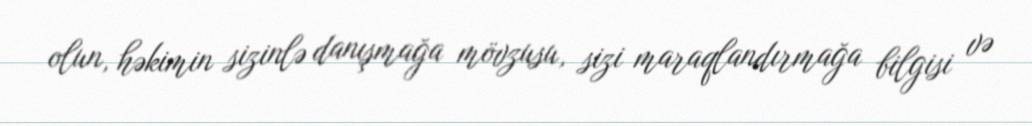
olun, həkimin sizinlə danışmağa mövzusu, sizi maraqlandırmağa bilgisi və